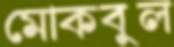
মোকবুল